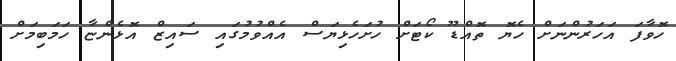
ހޮވާފަ އަހަރުންނަށް ހެޔޮ ތޮއްޑޫ ކޯޓަށް ހުށަހެޅިޔަސް އެއްވުމުގައި ސައިޒް އޮޅެންޏާ ހަމަބިމަށް